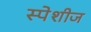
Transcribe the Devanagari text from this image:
स्पेशीज